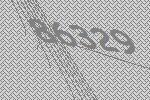
86329